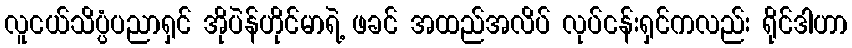
လူငယ်သိပ္ပံပညာရှင် အိုပဲန်ဟိုင်မာရဲ့ ဖခင် အထည်အလိပ် လုပ်ငန်းရှင်ကလည်း ရိုင်ဒါဟာ